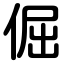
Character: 倔